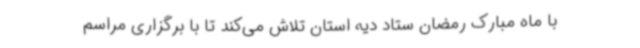
با ماه مبارک رمضان ستاد دیه استان تلاش می‌کند تا با برگزاری مراسم